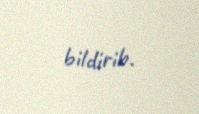
bildirib.